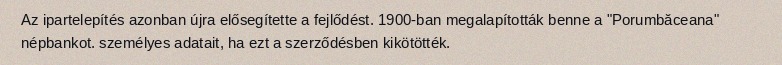
Az ipartelepítés azonban újra elősegítette a fejlődést. 1900-ban megalapították benne a "Porumbăceana" népbankot. személyes adatait, ha ezt a szerződésben kikötötték.